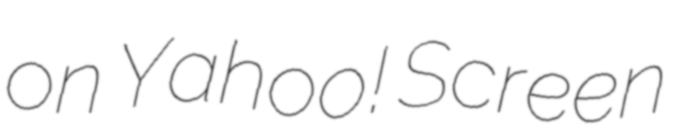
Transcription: on Yahoo! Screen